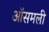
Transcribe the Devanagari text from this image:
ऑसमली